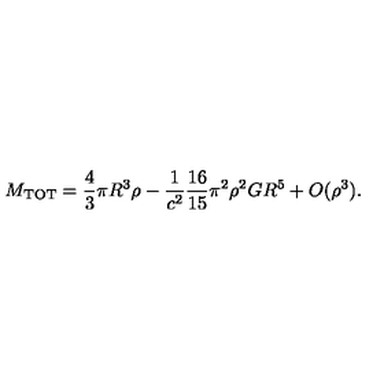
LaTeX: M _ { \mathrm { T O T } } = \frac { 4 } { 3 } \pi R ^ { 3 } \rho - \frac { 1 } { c ^ { 2 } } \frac { 1 6 } { 1 5 } \pi ^ { 2 } \rho ^ { 2 } G R ^ { 5 } + O ( \rho ^ { 3 } ) .